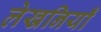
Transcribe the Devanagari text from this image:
लेखनियाँ